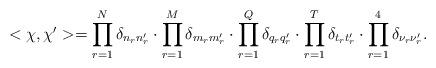
LaTeX: \begin{align*}\begin{array}{l}<\chi,\chi'>=\displaystyle \prod_{r=1}^{N}\delta_{n_{r}n'_{r}}\cdot\displaystyle \prod_{r=1}^{M}\delta_{m_{r}m'_{r}}\cdot\displaystyle \prod_{r=1}^{Q}\delta_{q_{r}q'_{r}}\cdot\displaystyle \prod_{r=1}^{T}\delta_{t_{r}t'_{r}}\cdot\displaystyle \prod_{r=1}^{4}\delta_{\nu_{r}\nu'_{r}}.\end{array}\end{align*}